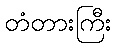
တံတားကြီး